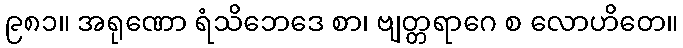
၉၈၁။ အရုဏော ရံသိဘေဒေ စာ၊ ဗျတ္တရာဂေ စ လောဟိတေ။